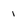
Character: 1